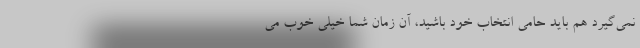
نمی‌گیرد هم باید حامی انتخاب خود باشید،‌ آن زمان شما خیلی خوب می‌